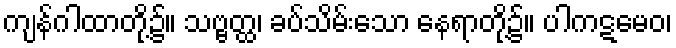
ကျန်ဂါထာတို့၌။ သဗ္ဗတ္ထ၊ ခပ်သိမ်းသော နေရာတို့၌။ ပါကဋမေဝ၊